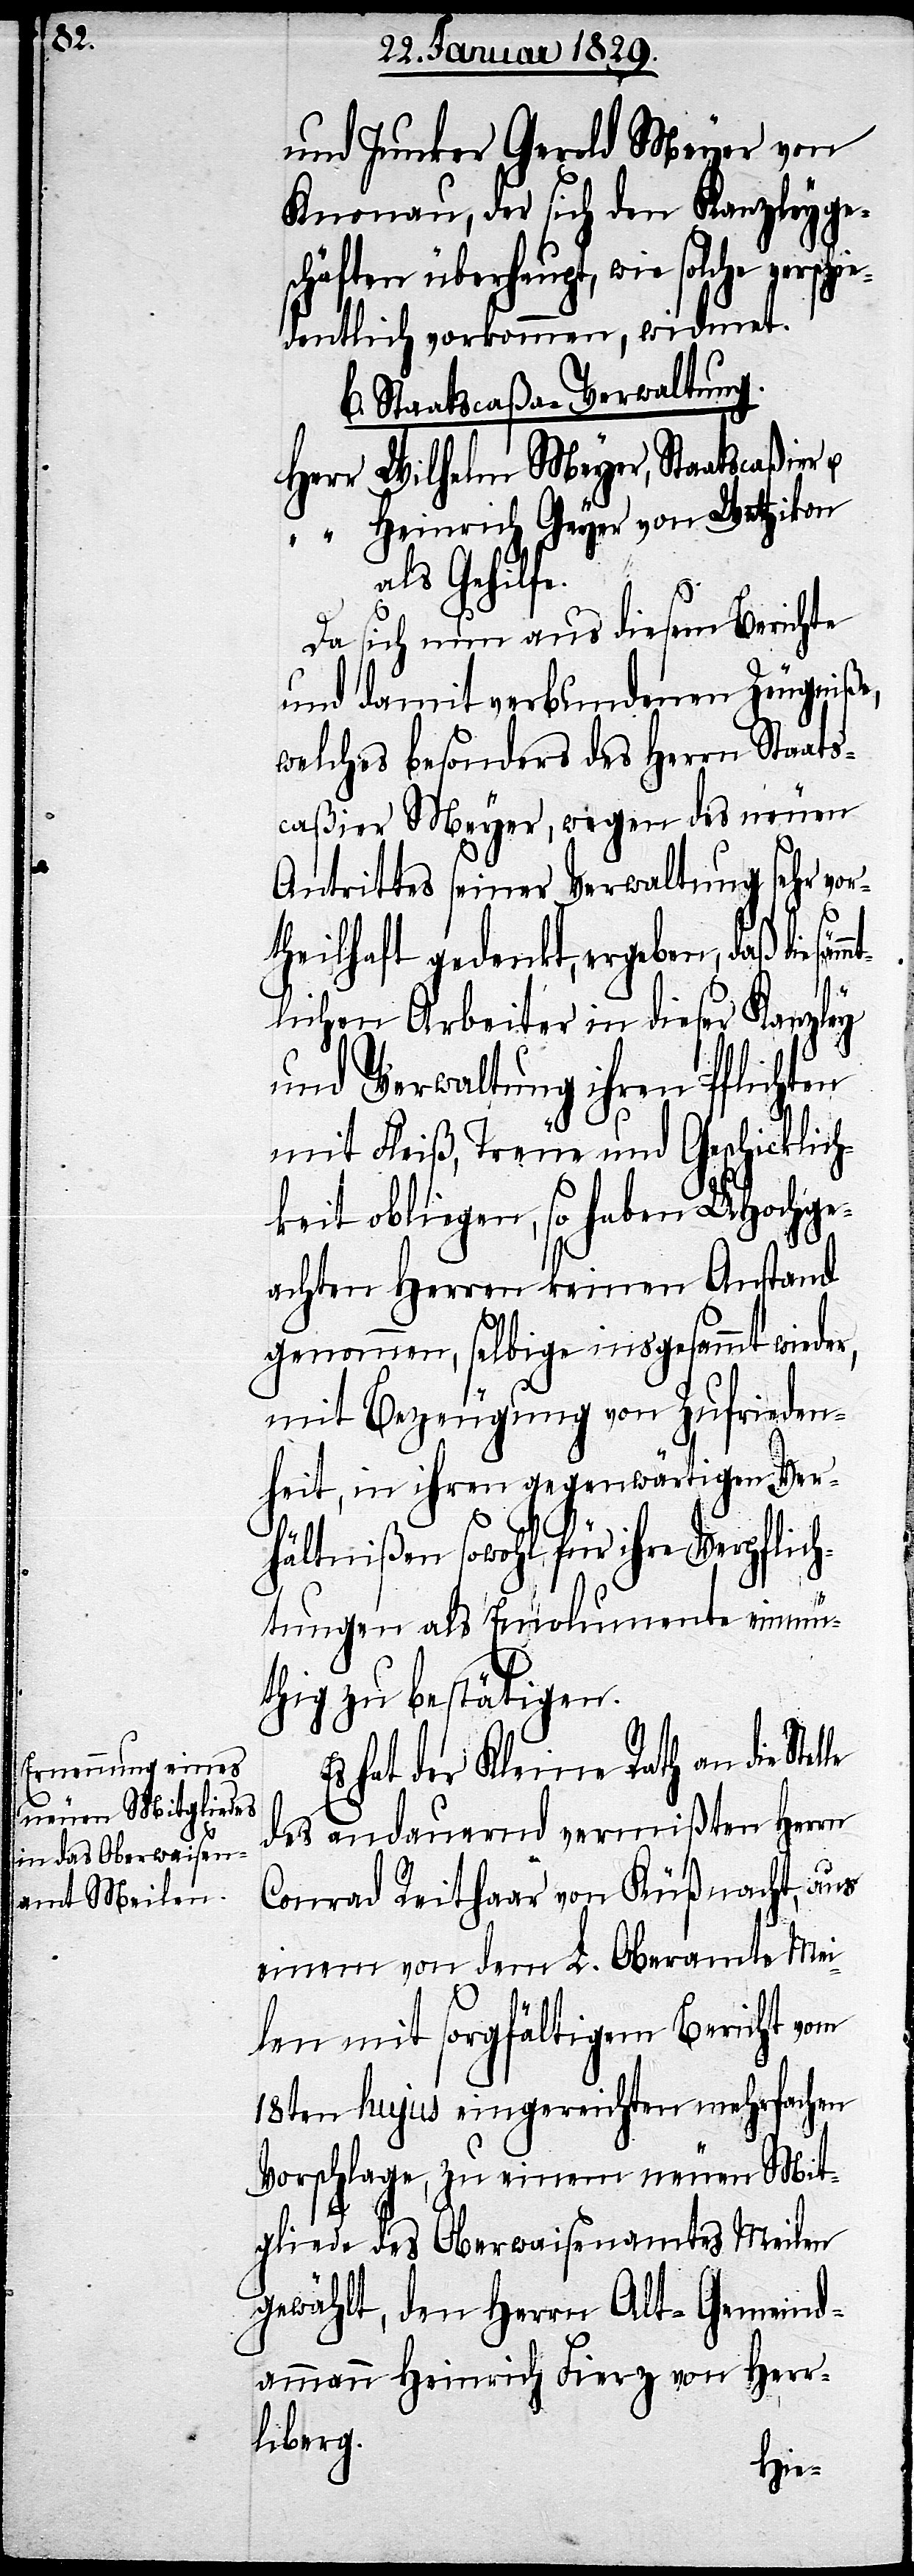
und Junker Gerold Meyer von
Knonau, der sich den Kanzleyge¬
schäften überhaupt, wie solche ver¬
dentlich vorkommen, widmet.
b. Staatscaßa-Verwaltung.
Herr Wilhelm Meyer, Staatscaßier
“ Heinrich Geyer von Wetzikon
als Gehilfe.
Da sich nun aus diesem Berichte
und damit verbundenen Zeugniße,
welches besonders des Herrn Staats¬
caßier Meyer, wegen des neuen
Verpfli¬
Antrittes seiner Verwaltung
heilhaft gedenkt, ergeben, daß die
lle
lichen Arbeiter in dieser Kanzley
und Verwaltung ihren Pflichten
mit Fleiß, Treue und Geschicklich¬
keit obliegen, so haben UHochge¬
achten Herren keinen Anstand
genommen, selbige insgesammt wieder,
mit Bezeugung von Zufrieden¬
heit, in ihren gegenwärtigen Ver¬
hältnißen sowohl führ ih¬
chtungen als Emolumente einmü¬
thig zu bestätigen.
Es hat der Kleine Rath an die Ste¬
des andauernd vermißten Herrn
Conrad Reithaar von Küßnacht, aus
einem von dem L. Oberamte Mei¬
len mit sorgfältigem Bericht vom
18ten hujus eingereichten mehrfachen
Vorschlage, zu einem neuen Mit¬
gliede des Oberwaisenamtes Meilen
gewählt, den Herrn Alt-Gemeind¬
ammann Heinrich Fierz von Herr¬
liberg.